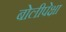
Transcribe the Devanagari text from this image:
बोलीपेक्षा